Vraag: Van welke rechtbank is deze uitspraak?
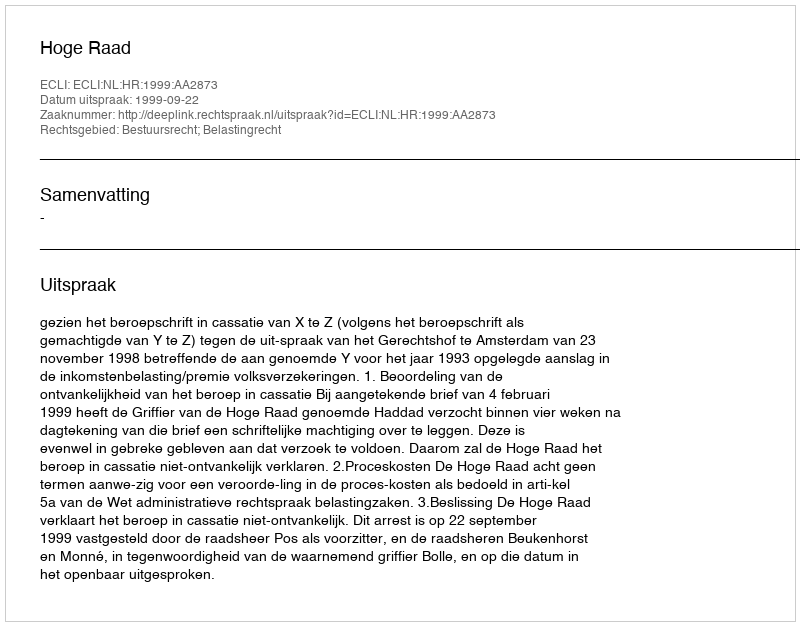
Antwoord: Hoge Raad